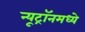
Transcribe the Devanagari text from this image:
न्यूट्रॉनमध्ये